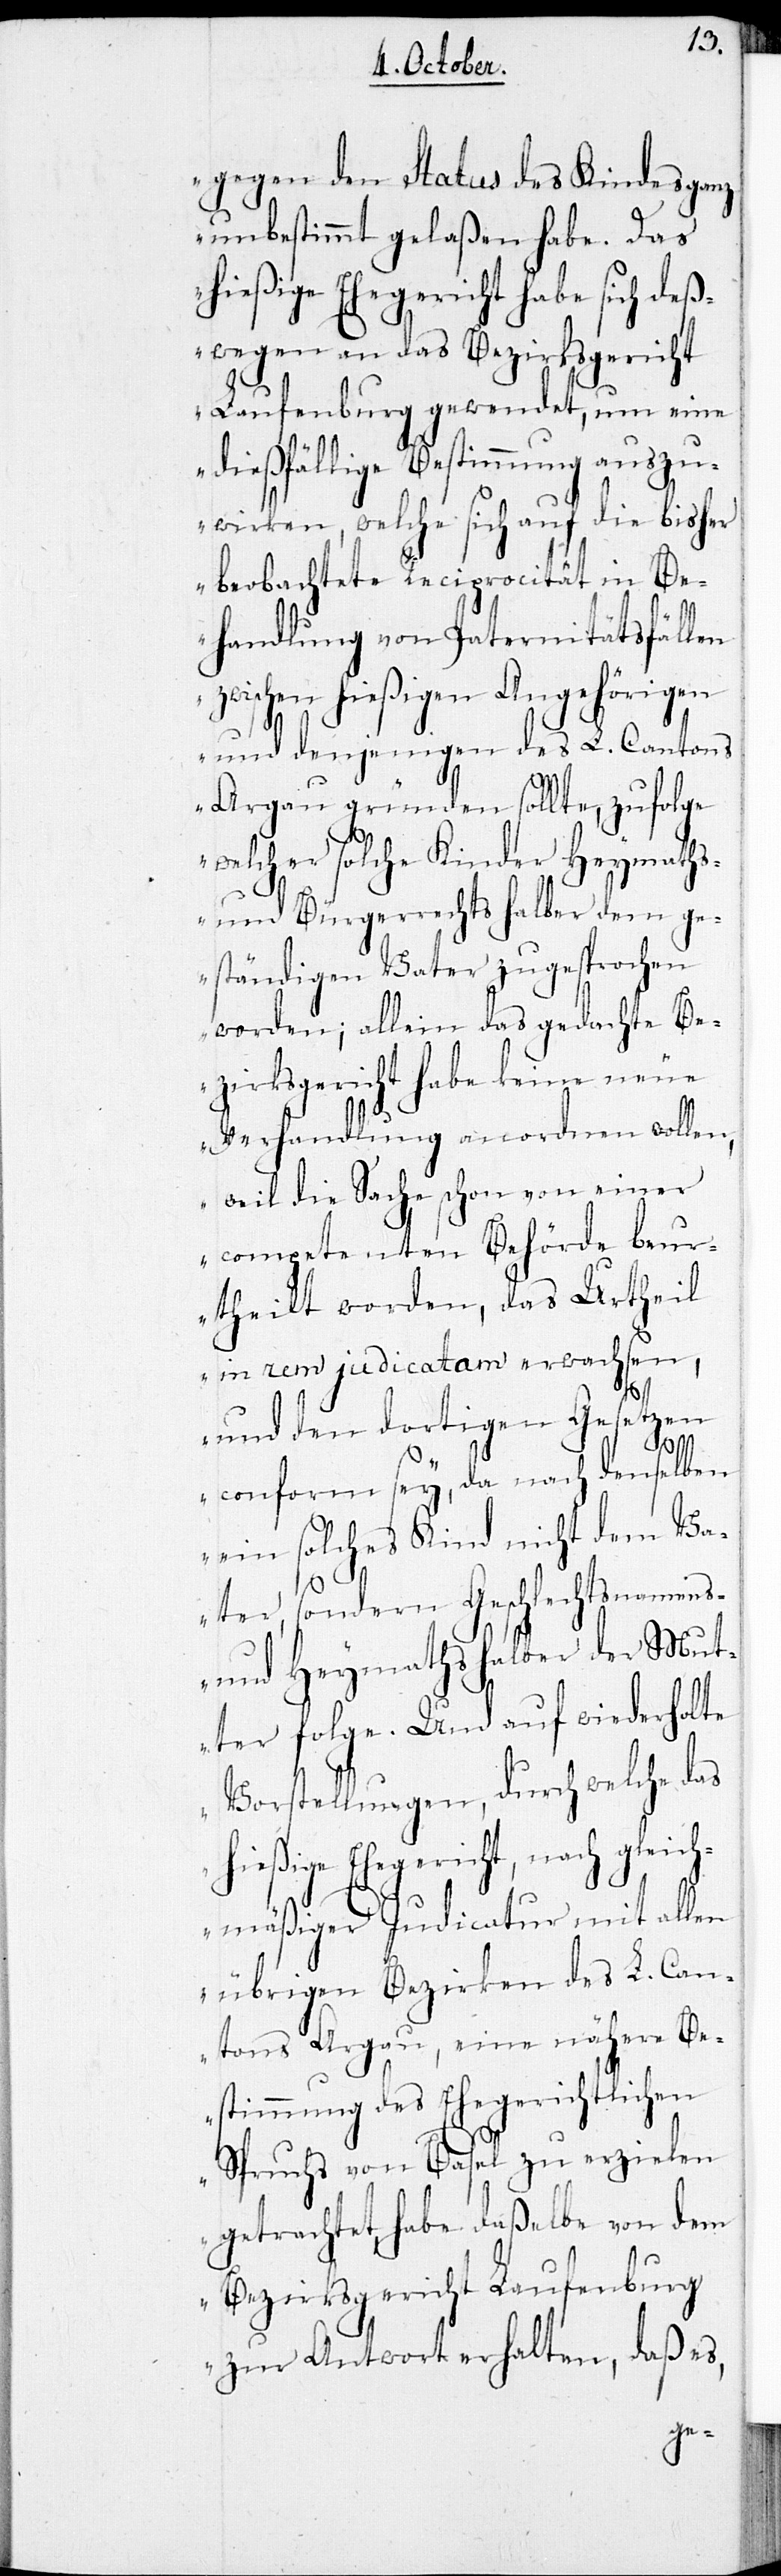
gegen den Status des Kindes ganz
unbestimmt gelaßen habe. Das
hießige Ehegericht habe sich des¬
wegen an das Bezirksgericht
Laufenburg gewendet, um
dießfällige Bestimmung auszu¬
wirken, welche sich auf die bisher
beobachtete Reciprocität in Be¬
handlung von Paternitätsfällen
zwischen hießigen Angehörigen
und denjenigen des L. Cantons
Aargau gründen sollte, zufolge
welcher solche Kinder Heymaths-
und Bürgerrechtshalber dem ge¬
ständigen Vater zugesprochen
worden; allein das gedachte Be¬
zirksgericht habe keine neue
Verhandlung anordnen wollen,
weil die Sache schon von einer
competenten Behörde beu¬
rtheilt worden, das Urtheil
in rem judicatam erwachsen,
en
und den dortigen Gesetz¬
conform sey, da nach denselben
ein solches Kind nicht dem Va¬
ter, sondern Geschlechtsnamens-
und Heymathshalber der Mut¬
ter folge. Und auf wiederholte
Vorstellungen, durch welche das
hießige Ehegericht, nach gleich¬
t allen
mäßiger Judicatur mi¬
übrigen Bezirken des L. Can¬
tons Aargau, eine nähere Be¬
stimmung des Ehegerichtlichen
Spruchs von Basel zu erzielen
getrachtet, habe daßelbe von dem
Bezirksgericht Laufenburg
zur Antwort erhalten, daß es,